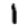
Digit: 1